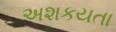
અશકયતા